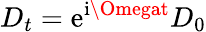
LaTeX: D_{t}=\mathrm{e}^{\mathrm{{i}}\Omegat}D_{0}